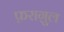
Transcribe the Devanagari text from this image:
फ़रागु़ल